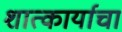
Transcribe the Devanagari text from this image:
शात्कार्याचा